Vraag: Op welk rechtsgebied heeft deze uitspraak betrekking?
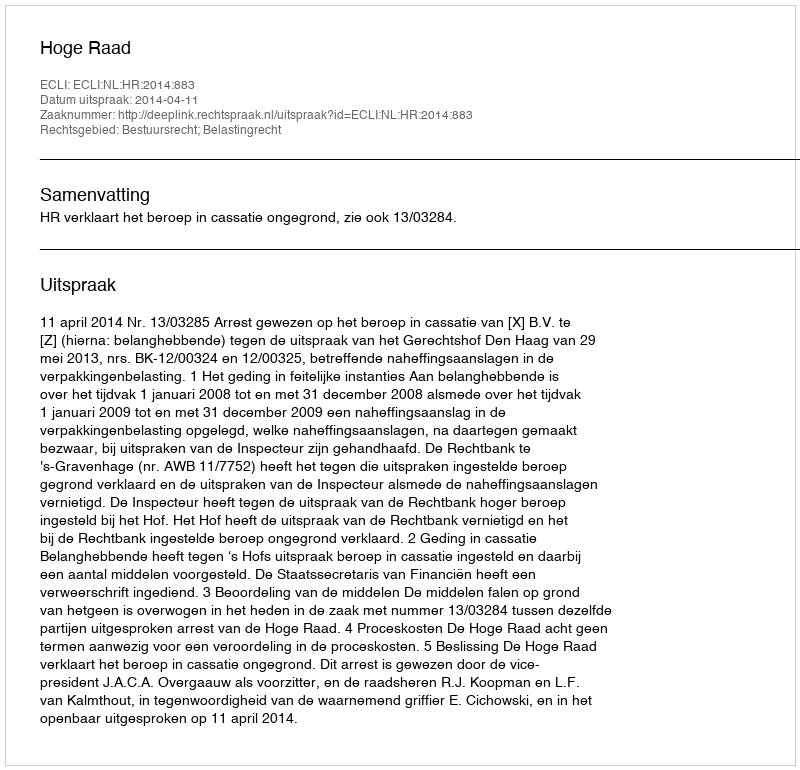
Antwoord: Bestuursrecht; Belastingrecht